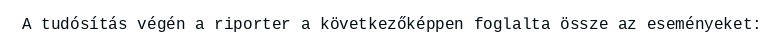
A tudósítás végén a riporter a következőképpen foglalta össze az eseményeket: